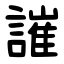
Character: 䜅